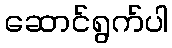
ဆောင်ရွက်ပါ